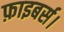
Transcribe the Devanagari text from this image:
फ़ाइबर्स।